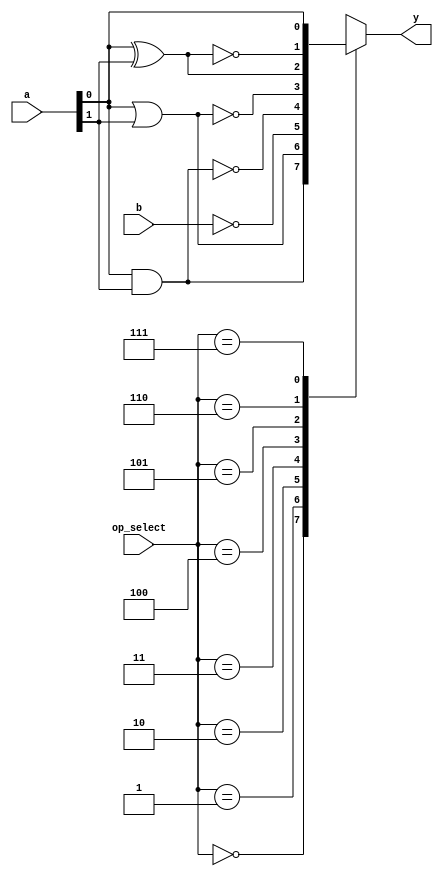
module covered_cell (
    input wire [1:0] a,          // 2-bit input for operations requiring 2 inputs
    input wire b,                // 1-bit input for operations requiring 1 input
    input wire [2:0] op_select,  // Operation selector: 3 bits for 8 operations
    output reg y                 // Output of the logic operation
);

// Define operation codes
localparam AND_OP   = 3'b000;
localparam OR_OP    = 3'b001;
localparam NOT_OP   = 3'b010;
localparam NAND_OP  = 3'b011;
localparam NOR_OP   = 3'b100;
localparam XOR_OP   = 3'b101;
localparam XNOR_OP  = 3'b110;
localparam IDENTITY_OP = 3'b111; // Identity operation (pass-through)

// Combinational logic implementation
always @(*) begin
    case (op_select)
        AND_OP:   y = a[0] & a[1];          // AND operation
        OR_OP:    y = a[0] | a[1];          // OR operation
        NOT_OP:   y = ~b;                   // NOT operation (single input)
        NAND_OP:  y = ~(a[0] & a[1]);       // NAND operation
        NOR_OP:   y = ~(a[0] | a[1]);       // NOR operation
        XOR_OP:   y = a[0] ^ a[1];          // XOR operation
        XNOR_OP:  y = ~(a[0] ^ a[1]);       // XNOR operation
        IDENTITY_OP: y = a[0];              // Identity operation
        default:  y = 1'b0;                 // Default case
    endcase
end

endmodule